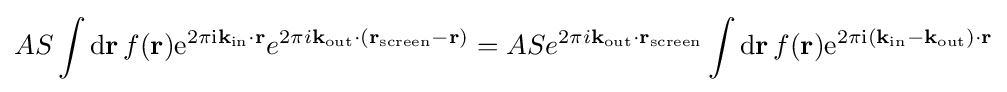
AS\int \mathrm {d} \mathbf {r} \,f(\mathbf {r} )\mathrm {e} ^{2\pi \mathrm {i} \mathbf {k} _{\text{in}}\cdot \mathbf {r} }e^{2\pi i\mathbf {k} _{\text{out}}\cdot \left(\mathbf {r} _{\text{screen}}-\mathbf {r} \right)}=ASe^{2\pi i\mathbf {k} _{\text{out}}\cdot \mathbf {r} _{\text{screen}}}\int \mathrm {d} \mathbf {r} \,f(\mathbf {r} )\mathrm {e} ^{2\pi \mathrm {i} \left(\mathbf {k} _{\text{in}}-\mathbf {k} _{\text{out}}\right)\cdot \mathbf {r} }